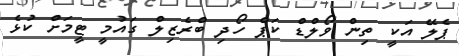
ޕެލޭ އަކީ ތިން ވޯލްޑް ކަޕް ހޯދި ބްރެޒިލް ގައުމީ ޓީމަށް ކުޅެ